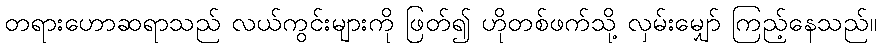
တရားဟောဆရာသည် လယ်ကွင်းများကို ဖြတ်၍ ဟိုတစ်ဖက်သို့ လှမ်းမျှော် ကြည့်နေသည်။